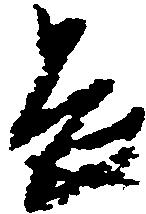
畏